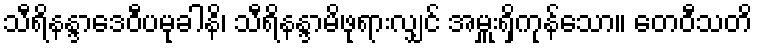
သီရိနန္ဒာဒေဝီပမုခါနိ၊ သီရိနန္ဒာမိဖုရားလျှင် အမှူးရှိကုန်သော။ တေဝီသတိ